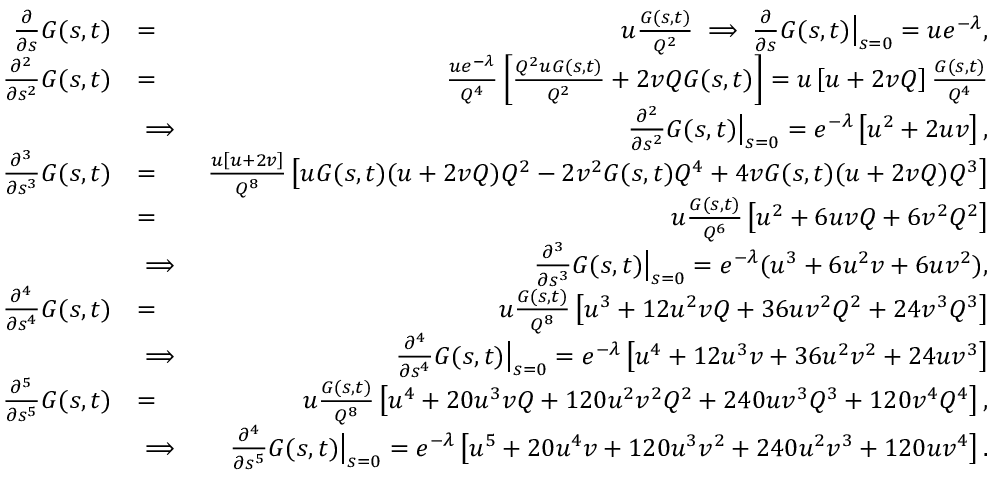
\begin{array} { r l r } { \frac { \partial } { \partial s } G ( s , t ) } & { = } & { u \frac { G ( s , t ) } { Q ^ { 2 } } \implies \frac { \partial } { \partial s } G ( s , t ) \big | _ { s = 0 } = u e ^ { - \lambda } , } \\ { \frac { \partial ^ { 2 } } { \partial s ^ { 2 } } G ( s , t ) } & { = } & { \frac { u e ^ { - \lambda } } { Q ^ { 4 } } \left[ \frac { Q ^ { 2 } u G ( s , t ) } { Q ^ { 2 } } + 2 v Q G ( s , t ) \right] = u \left[ u + 2 v Q \right] \frac { G ( s , t ) } { Q ^ { 4 } } } \\ & { \implies } & { \frac { \partial ^ { 2 } } { \partial s ^ { 2 } } G ( s , t ) \big | _ { s = 0 } = e ^ { - \lambda } \left[ u ^ { 2 } + 2 u v \right] , } \\ { \frac { \partial ^ { 3 } } { \partial s ^ { 3 } } G ( s , t ) } & { = } & { \frac { u \left[ u + 2 v \right] } { Q ^ { 8 } } \left[ u G ( s , t ) ( u + 2 v Q ) Q ^ { 2 } - 2 v ^ { 2 } G ( s , t ) Q ^ { 4 } + 4 v G ( s , t ) ( u + 2 v Q ) Q ^ { 3 } \right] } \\ & { = } & { u \frac { G ( s , t ) } { Q ^ { 6 } } \left[ u ^ { 2 } + 6 u v Q + 6 v ^ { 2 } Q ^ { 2 } \right] } \\ & { \implies } & { \frac { \partial ^ { 3 } } { \partial s ^ { 3 } } G ( s , t ) \big | _ { s = 0 } = e ^ { - \lambda } ( u ^ { 3 } + 6 u ^ { 2 } v + 6 u v ^ { 2 } ) , } \\ { \frac { \partial ^ { 4 } } { \partial s ^ { 4 } } G ( s , t ) } & { = } & { u \frac { G ( s , t ) } { Q ^ { 8 } } \left[ u ^ { 3 } + 1 2 u ^ { 2 } v Q + 3 6 u v ^ { 2 } Q ^ { 2 } + 2 4 v ^ { 3 } Q ^ { 3 } \right] } \\ & { \implies } & { \frac { \partial ^ { 4 } } { \partial s ^ { 4 } } G ( s , t ) \big | _ { s = 0 } = e ^ { - \lambda } \left[ u ^ { 4 } + 1 2 u ^ { 3 } v + 3 6 u ^ { 2 } v ^ { 2 } + 2 4 u v ^ { 3 } \right] } \\ { \frac { \partial ^ { 5 } } { \partial s ^ { 5 } } G ( s , t ) } & { = } & { u \frac { G ( s , t ) } { Q ^ { 8 } } \left[ u ^ { 4 } + 2 0 u ^ { 3 } v Q + 1 2 0 u ^ { 2 } v ^ { 2 } Q ^ { 2 } + 2 4 0 u v ^ { 3 } Q ^ { 3 } + 1 2 0 v ^ { 4 } Q ^ { 4 } \right] , } \\ & { \implies } & { \frac { \partial ^ { 4 } } { \partial s ^ { 5 } } G ( s , t ) \big | _ { s = 0 } = e ^ { - \lambda } \left[ u ^ { 5 } + 2 0 u ^ { 4 } v + 1 2 0 u ^ { 3 } v ^ { 2 } + 2 4 0 u ^ { 2 } v ^ { 3 } + 1 2 0 u v ^ { 4 } \right] . } \end{array}